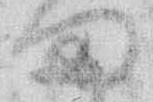
ま